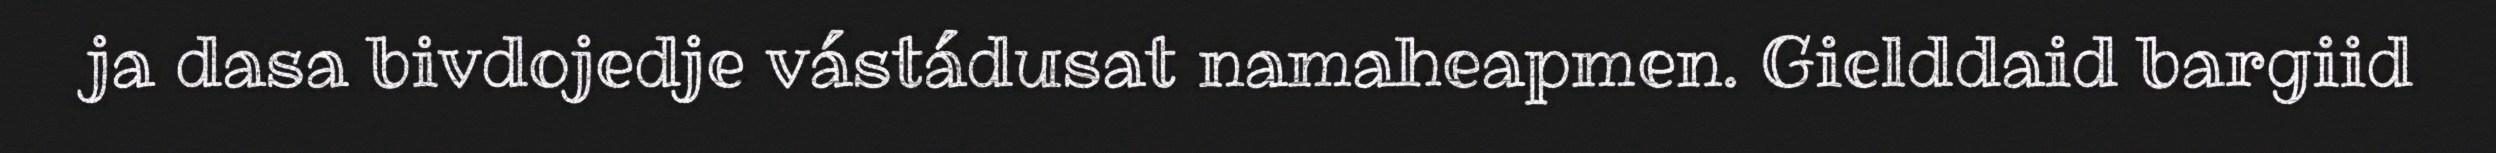
ja dasa bivdojedje vástádusat namaheapmen. Gielddaid bargiid